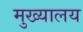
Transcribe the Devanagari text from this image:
मुख्यालय